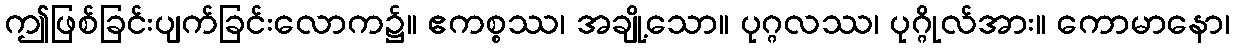
ဤဖြစ်ခြင်းပျက်ခြင်းလောက၌။ ဧကစ္စဿ၊ အချို့သော။ ပုဂ္ဂလဿ၊ ပုဂ္ဂိုလ်အား။ ကောမာနော၊